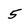
Character: 5